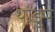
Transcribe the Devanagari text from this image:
थोंडुप